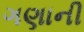
ગણાની